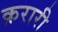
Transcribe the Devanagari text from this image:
क़रारी